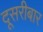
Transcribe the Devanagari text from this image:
दूसरीबार